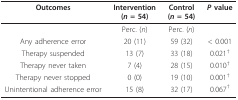
<table><thead><tr><td><b>Outcomes</b></td><td><b>Intervention(<i>n </i>= 54)</b></td><td><b>Control(<i>n </i>= 54)</b></td><td><b><i>P </i>value</b></td></tr></thead><tbody><tr><td></td><td>Perc. (<i>n</i>)</td><td>Perc. (<i>n</i>)</td><td></td></tr><tr><td>Any adherence error</td><td>20 (11)</td><td>59 (32)</td><td>&lt; 0.001</td></tr><tr><td>Therapy suspended</td><td>13 (7)</td><td>33 (18)</td><td>0.021<sup>†</sup></td></tr><tr><td>Therapy never taken</td><td>7 (4)</td><td>28 (15)</td><td>0.010<sup>†</sup></td></tr><tr><td>Therapy never stopped</td><td>0 (0)</td><td>19 (10)</td><td>0.001<sup>†</sup></td></tr><tr><td>Unintentional adherence error</td><td>15 (8)</td><td>32 (17)</td><td>0.067<sup>†</sup></td></tr></tbody></table>